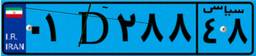
۱۶D۹۴۴۷۶